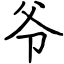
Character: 爷